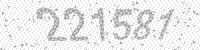
Solution: 221581